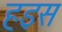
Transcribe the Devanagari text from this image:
हइस